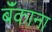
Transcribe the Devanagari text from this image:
बॅंकाना